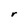
Character: r